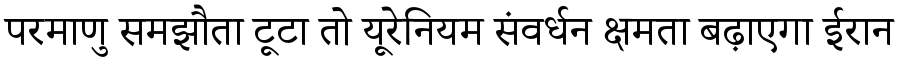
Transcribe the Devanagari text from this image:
परमाणु समझौता टूटा तो यूरेनियम संवर्धन क्षमता बढ़ाएगा ईरान